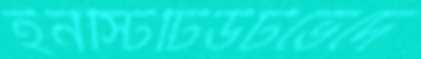
ইনস্টিটিউটভেদে